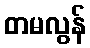
တမလွန်